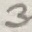
Text: 3